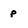
Character: p